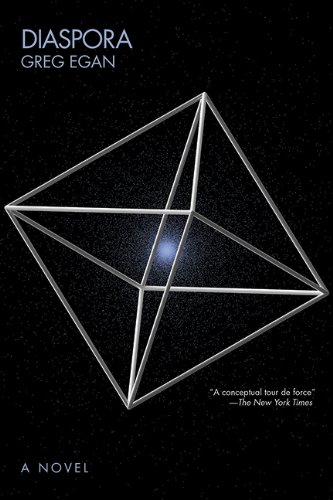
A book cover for Diaspora: A Novel; Greg Egan; Science Fiction & Fantasy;